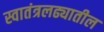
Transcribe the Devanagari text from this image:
स्वातंत्रलढ्यातील